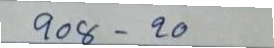
908 - 20